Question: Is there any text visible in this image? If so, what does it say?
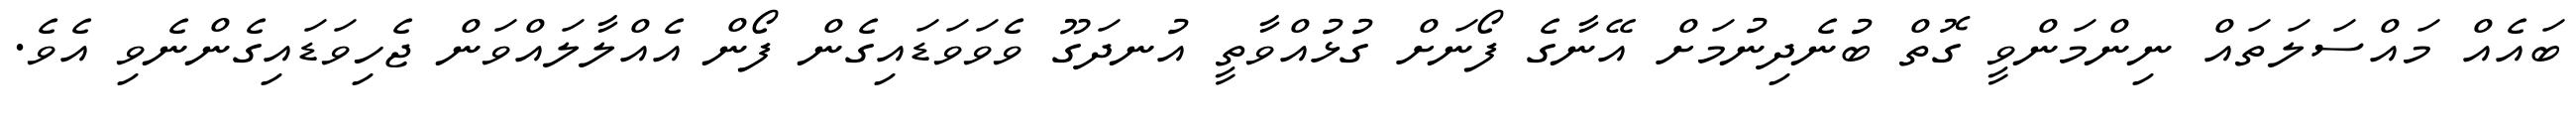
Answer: ބައެއް މައްސަލަތައް ނިންމަންވީ ގޮތް ބުނެދިނުމަށް އޭނާގެ ފޯނަށް ގުޅުއްވާތީ އުނދަގޫ ވެވަވަޑައިގެން ފޯން އެއްލާލައްވަން ޖެހިވަޑައިގެންނެވި އެވެ.